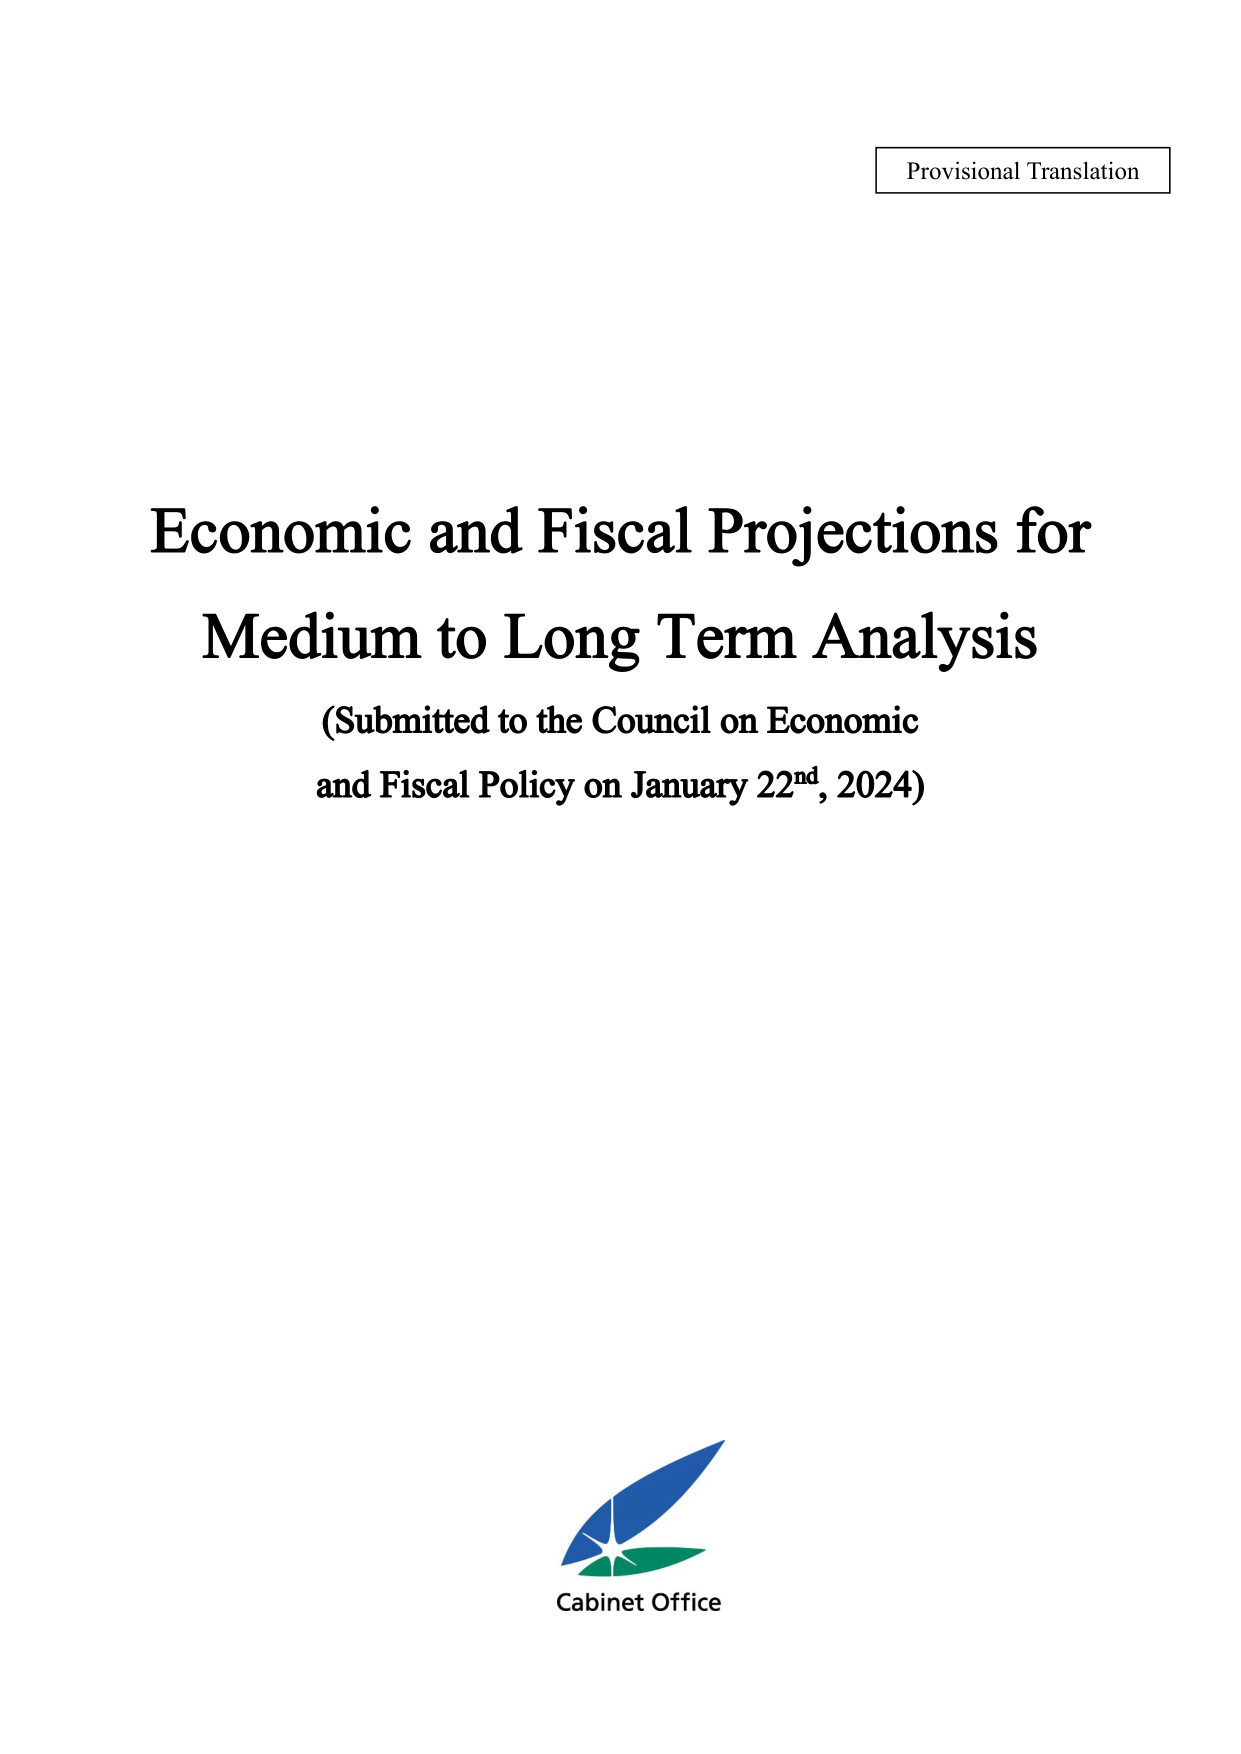
Provisional Translation

Economic and Fiscal Projections for
Medium to Long Term Analysis
(Submitted to the Council on Economic
and Fiscal Policy on January 22nd, 2024)

Cabinet Office